Madras plague regulations and rules for district municipalities and other towns and villages
Disease focus: Plague
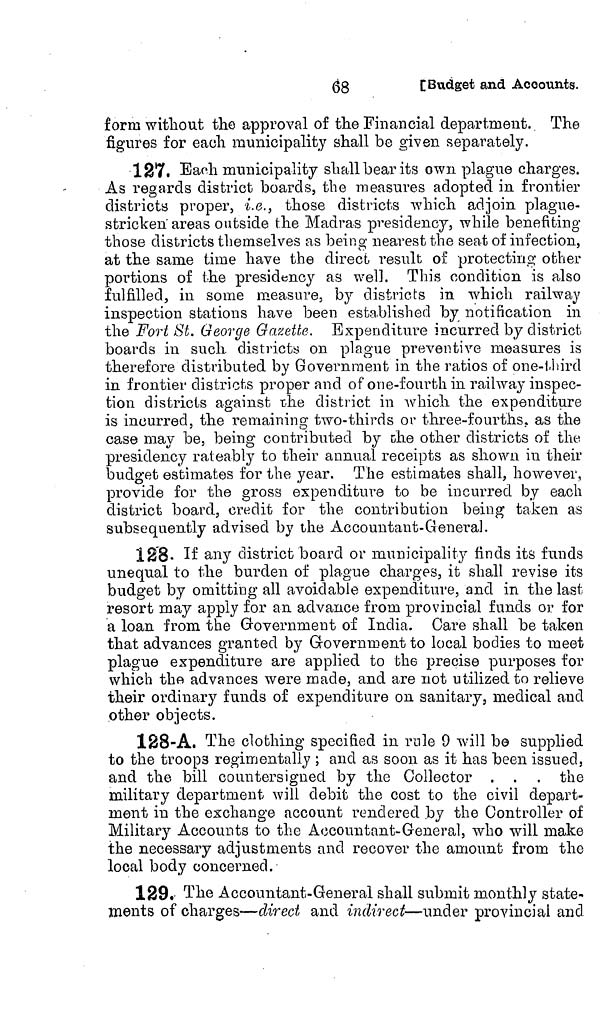
68
[Budget
and Accounts.
form without the approval of the Financial department. The
figures for each municipality shall be given separately.
127. Each municipality shall bear its own plague charges.
As regards district boards, the measures adopted in frontier
districts proper, i.e., those districts which adjoin plague-
stricken areas outside the Madras presidency, while benefiting
those districts themselves as being nearest the seat of infection,
at the same time have the direct result of protecting other
portions of the presidency as well. This condition is also
fulfilled, in some measure, by districts in which railway
inspection stations have been established by notification in
the Fort St. George Gazette. Expenditure incurred by district
boards in such districts on plague preventive measures is
therefore distributed by Government in the ratios of one-third
in frontier districts proper and of one-fourth in railway inspec-
tion districts against the district in which the expenditure
is incurred, the remaining two-thirds or three-fourths, as the
case may be, being contributed by the other districts of the
presidency rateably to their annual receipts as shown in their
budget estimates for the year. The estimates shall, however,
provide for the gross expenditure to be incurred by each
district board, credit for the contribution being taken as
subsequently advised by the Accountant-General.
128. If any district board or municipality finds its funds
unequal to the burden of plague charges, it shall revise its
budget by omitting all avoidable expenditure, and in the last
resort may apply for an advance from provincial funds or for
a loan from the Government of India. Care shall be taken
that advances granted by Government to local bodies to meet
plague expenditure are applied to the precise purposes for
which the advances were made, and are not utilized to relieve
their ordinary funds of expenditure on sanitary, medical and
other objects.
128-A. The clothing specified in rule 9 will be supplied
to the troops regimentally ; and as soon as it has been issued,
and the bill countersigned by the Collector . . . the
military department will debit the cost to the civil depart-
ment in the exchange account rendered by the Controller of
Military Accounts to the Accountant-General, who will make
the necessary adjustments and recover the amount from the
local body concerned.
129. The Accountant-General shall submit monthly state-
ments of charges—direct and indirect—under provincial and